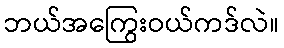
ဘယ်အကြွေးဝယ်ကဒ်လဲ။